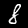
Digit: 8